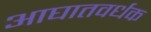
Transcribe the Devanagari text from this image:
आघातवर्धक